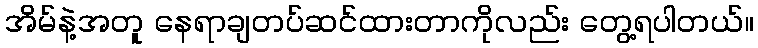
အိမ်နဲ့အတူ နေရာချတပ်ဆင်ထားတာကိုလည်း တွေ့ရပါတယ်။